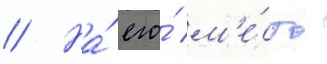
// На́ его́ м'е́сто